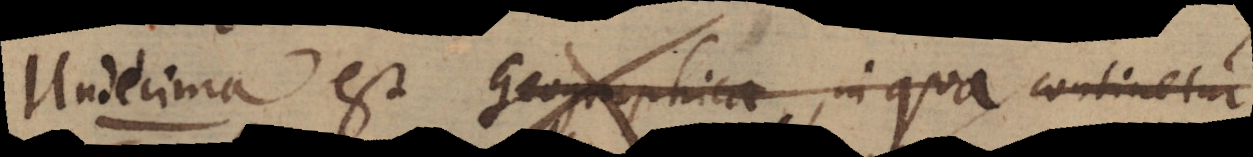
Undecima est Geographica, in qua continetur